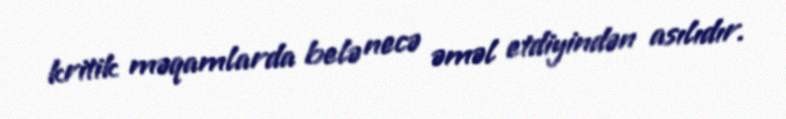
kritik məqamlarda belə necə əməl etdiyindən asılıdır.